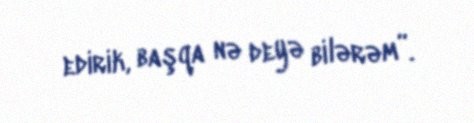
edirik, başqa nə deyə bilərəm”.